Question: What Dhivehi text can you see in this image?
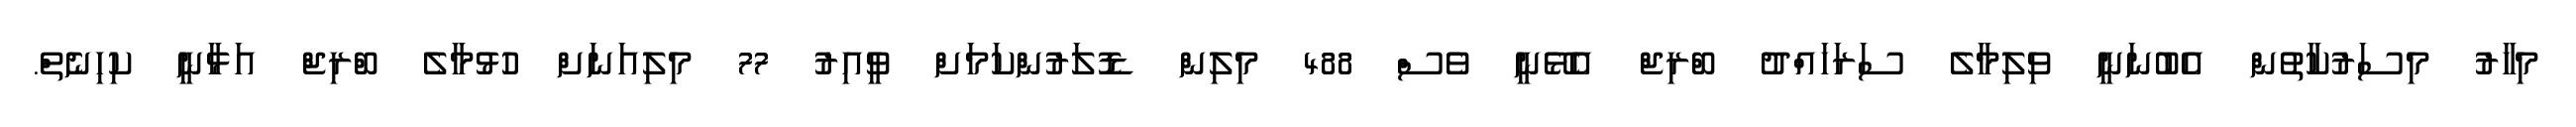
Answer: މިހާރު މިސަރުކާތުން އެބުނަނީ ވިލިމާލެ ސަރަހައްދު ބްރިޖް އެޅޭނީ ވެސް 488 މިލިން ޑޮލަރުންކަމަށް ވީއިރު 77 މިލިއަނަށް ހުޅުމާލެ ބްރިޖް އަޅާނީ ކިހިނެތް.